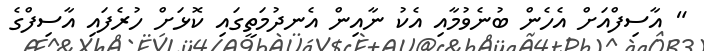
" އާސިފްއަށް އެހެން ބުނެވުމާއި އެކު ނާއިން އެނދުމަތީގައި ކޮޅަށް ހުރެފައި އާސިފްގެ